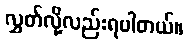
လွှတ်လို့လည်းရပါတယ်။